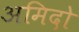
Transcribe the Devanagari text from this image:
अमिदो